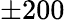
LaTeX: \pm 200